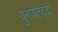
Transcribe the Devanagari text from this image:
युनायतेद्दो